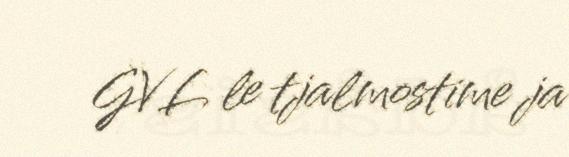
GVL le tjalmostime ja